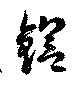
鍧